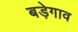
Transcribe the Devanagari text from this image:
बड़ेगाव